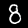
Digit: 8